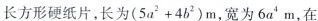
长方形硬纸片，长为(5u2+4b2)m，宽为6a'm，在